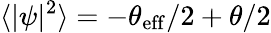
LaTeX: \langle|\psi|^{2}\rangle=-\theta_{\mathrm{eff}}/2+\theta/2